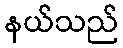
နယ်သည်